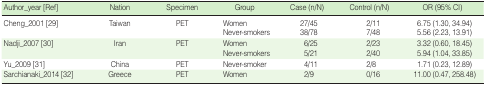
| Author_year [Ref] | Nation | Specimen | Group | Case (n/N) | Control (n/N) | OR (95% CI) |
 | --- | --- | --- | --- | --- | --- | --- |
 | Cheng_2001 [29] | Taiwan | PET | Women | 27/45 | 2/11 | 6.75 (1.30, 34.94) |
 |  |  |  | Never-smokers | 38/78 | 7/48 | 5.56 (2.23, 13.91) |
 | Nadji_2007 [30] | Iran | PET | Women | 6/25 | 2/23 | 3.32 (0.60, 18.45) |
 |  |  |  | Never-smokers | 5/21 | 2/40 | 5.94 (1.04, 33.85) |
 | Yu_2009 [31] | China | PET | Never-smoker | 4/11 | 2/8 | 1.71 (0.23, 12.89) |
 | Sarchianaki_2014 [32] | Greece | PET | Women | 2/9 | 0/16 | 11.00 (0.47, 258.48) |